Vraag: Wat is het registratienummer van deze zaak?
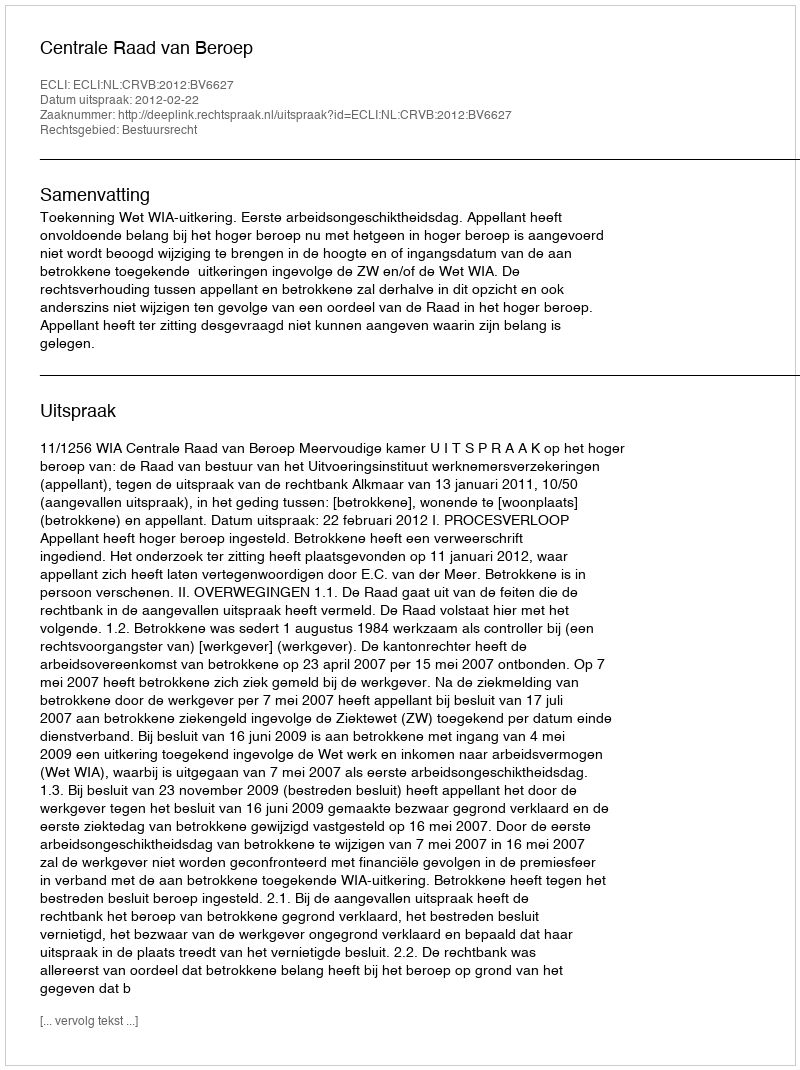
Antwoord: http://deeplink.rechtspraak.nl/uitspraak?id=ECLI:NL:CRVB:2012:BV6627